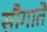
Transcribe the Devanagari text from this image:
सौगातें